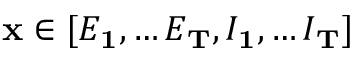
\mathbf { x } \in [ E _ { \mathbf { 1 } } , \ldots E _ { \mathbf { T } } , I _ { \mathbf { 1 } } , \ldots I _ { \mathbf { T } } ]